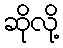
ဆိုလို့